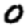
Digit: 0